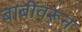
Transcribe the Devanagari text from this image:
बाबींवरून